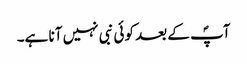
آپؐ کے بعد کوئی نبی نہیں آنا ہے۔